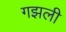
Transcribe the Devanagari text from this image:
गझली